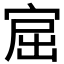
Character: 𰍅